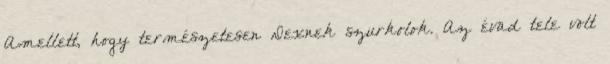
Amellett, hogy természetesen Dexnek szurkolok. Az évad tele volt